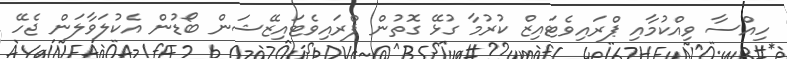
ހިއްސާ ވިއްކުމާއި ޕްރައިވެޓައިޒް ކުރުމާ ގުޅޭ ގޮތުން ޕްރައިވެޓައިޒޭޝަން ބޯޑުން އެކުލަވާލަން ޖެހޭ